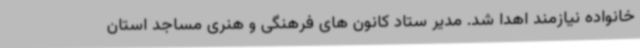
خانواده نیازمند اهدا شد. مدیر ستاد کانون های فرهنگی و هنری مساجد استان